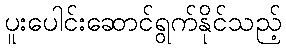
ပူးပေါင်းဆောင်ရွက်နိုင်သည့်